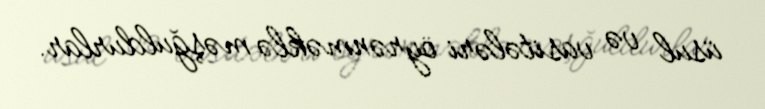
üsul və vasitələri öyrənməklə məşğuldurlar.